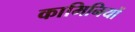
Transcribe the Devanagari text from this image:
कामिनियों